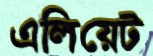
এলিয়েট